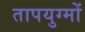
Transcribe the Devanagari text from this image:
तापयुग्मों